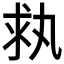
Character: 𠂃